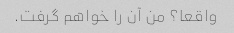
واقعا؟ من آن را خواهم گرفت.